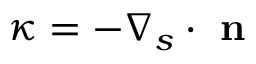
\kappa = - \nabla _ { s } \cdot \textbf { n }